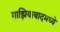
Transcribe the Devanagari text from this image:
गाझियाबादमध्ये